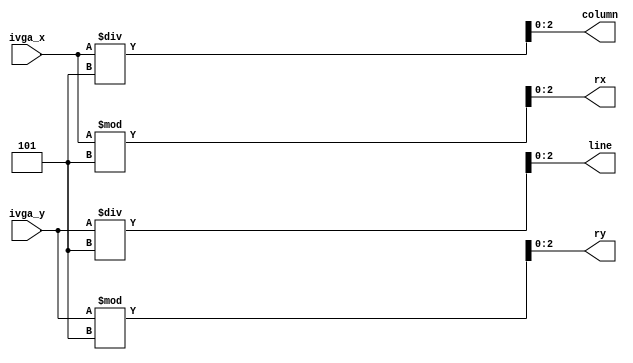
`define bit_size(x, y)  ($clog2((x+y)/2)-1)
`define bit_cells       `bit_size(C_NUM_OF_CELLS_X, C_NUM_OF_CELLS_Y)
`define bit_rxy         `bit_size(C_CELL_WIDTH, C_CELL_HEIGHT)

module cell_math #(
    parameter C_CELL_WIDTH      = 5,
    parameter C_CELL_HEIGHT     = 5,
    parameter C_NUM_OF_CELLS_X  = 5,
    parameter C_NUM_OF_CELLS_Y  = 5
)(
    input [9:0] ivga_x,
    input [9:0] ivga_y,

    output [`bit_cells:0]   line,
    output [`bit_cells:0]   column,
    output [`bit_rxy:0]     rx,
    output [`bit_rxy:0]     ry
);
    
    assign line = ivga_y / C_CELL_HEIGHT;
    assign column = ivga_x / C_CELL_WIDTH;
    
    assign ry = ivga_y % C_CELL_HEIGHT;
    assign rx = ivga_x % C_CELL_WIDTH;
endmodule